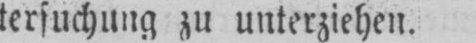
tersuchung zu unterziehen.